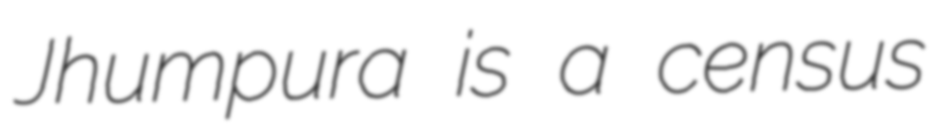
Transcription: Jhumpura is a census